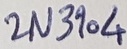
Text: 2N3904